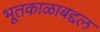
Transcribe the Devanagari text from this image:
भूतकाळाबद्दल